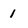
Character: 1